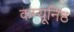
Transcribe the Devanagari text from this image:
कम्यूनिष्ठ